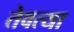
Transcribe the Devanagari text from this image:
तेवत्या